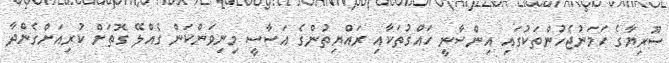
ސޫރިޔާގެ ހަމަނުޖެހުންތަކުގައި އިންސާނީ ހައްގުތަކާއި ރައްޔިތުންގެ އަސާސީ މިނިވަންކަން ގެއްލޭ ގޮތަށް ކުރިއަށްގެންދާ